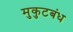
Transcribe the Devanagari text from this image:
मुकुटबंध